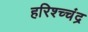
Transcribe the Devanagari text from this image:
हरिश्च्चंद्र